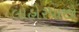
લાહોરપાછો